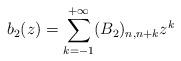
LaTeX: \begin{align*}b_2(z) = \sum^{+\infty}_{k=-1} (B_2)_{n,n+k}z^k\end{align*}